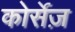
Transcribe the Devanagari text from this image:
कोर्सेज़